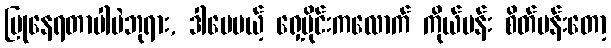
ပြုနေရတာပါပဲဘုရား, ဒါပေမယ့် ရှေ့ပိုင်းကလောက် ကိုယ်ပန်း စိတ်ပန်းတော့